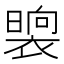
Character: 𭧯